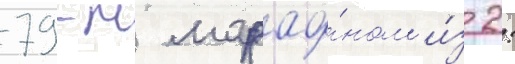
79-м марафо́ном и́з 2: